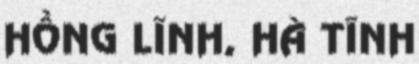
HỒNG LĨNH, HÀ TĨNH